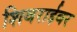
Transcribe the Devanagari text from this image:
शिवराईवर